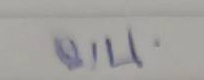
บน